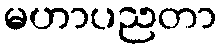
မဟာပညတာ